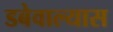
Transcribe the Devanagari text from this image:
डबेवाल्यास